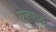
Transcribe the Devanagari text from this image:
धारणाद्